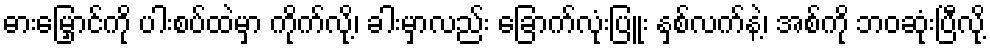
ဓားမြှောင်ကို ပါးစပ်ထဲမှာ ကိုက်လို့၊ ခါးမှာလည်း ခြောက်လုံးပြူး နှစ်လက်နဲ့၊ အစ်ကို ဘဝဆုံးပြီလို့